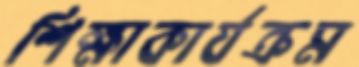
শিক্ষাকার্যক্রম